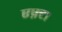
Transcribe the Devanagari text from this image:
एफ़्टा